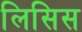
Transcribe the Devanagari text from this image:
लिसिस